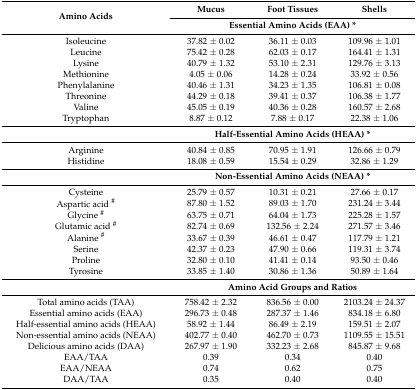
<table><thead><tr><td rowspan="2"><b>Amino Acids</b></td><td><b>Mucus</b></td><td><b>Foot Tissues</b></td><td><b>Shells</b></td></tr><tr><td colspan="3"><b>Essential Amino Acids (EAA) *</b></td></tr></thead><tbody><tr><td>Isoleucine</td><td>37.82 ± 0.02</td><td>36.11 ± 0.03</td><td>109.96 ± 1.01</td></tr><tr><td>Leucine</td><td>75.42 ± 0.28</td><td>62.03 ± 0.17</td><td>164.41 ± 1.31</td></tr><tr><td>Lysine</td><td>40.79 ± 1.32</td><td>53.10 ± 2.31</td><td>129.76 ± 3.13</td></tr><tr><td>Methionine</td><td>4.05 ± 0.06</td><td>14.28 ± 0.24</td><td>33.92 ± 0.56</td></tr><tr><td>Phenylalanine</td><td>40.46 ± 1.31</td><td>34.23 ± 1.35</td><td>106.81 ± 0.08</td></tr><tr><td>Threonine</td><td>44.29 ± 0.18</td><td>39.41 ± 0.37</td><td>106.38 ± 1.77</td></tr><tr><td>Valine</td><td>45.05 ± 0.19</td><td>40.36 ± 0.28</td><td>160.57 ± 2.68</td></tr><tr><td>Tryptophan</td><td>8.87 ± 0.12</td><td>7.88 ± 0.17</td><td>22.38 ± 1.06</td></tr><tr><td></td><td colspan="3"><b>Half-Essential Amino Acids (HEAA) *</b></td></tr><tr><td>Arginine</td><td>40.84 ± 0.85</td><td>70.95 ± 1.91</td><td>126.66 ± 0.79</td></tr><tr><td>Histidine</td><td>18.08 ± 0.59</td><td>15.54 ± 0.29</td><td>32.86 ± 1.29</td></tr><tr><td></td><td colspan="3"><b>Non-Essential Amino Acids (NEAA) *</b></td></tr><tr><td>Cysteine</td><td>25.79 ± 0.57</td><td>10.31 ± 0.21</td><td>27.66 ± 0.17</td></tr><tr><td>Aspartic acid <sup>#</sup></td><td>87.80 ± 1.52</td><td>89.03 ± 1.70</td><td>231.24 ± 3.44</td></tr><tr><td>Glycine <sup>#</sup></td><td>63.75 ± 0.71</td><td>64.04 ± 1.73</td><td>225.28 ± 1.57</td></tr><tr><td>Glutamic acid <sup>#</sup></td><td>82.74 ± 0.69</td><td>132.56 ± 2.24</td><td>271.57 ± 3.46</td></tr><tr><td>Alanine <sup>#</sup></td><td>33.67 ± 0.39</td><td>46.61 ± 0.47</td><td>117.79 ± 1.21</td></tr><tr><td>Serine</td><td>42.37 ± 0.23</td><td>47.90 ± 0.66</td><td>119.31 ± 3.74</td></tr><tr><td>Proline</td><td>32.80 ± 0.10</td><td>41.41 ± 0.14</td><td>93.50 ± 0.46</td></tr><tr><td>Tyrosine</td><td>33.85 ± 1.40</td><td>30.86 ± 1.36</td><td>50.89 ± 1.64</td></tr><tr><td></td><td colspan="3"><b>Amino Acid Groups and Ratios</b></td></tr><tr><td>Total amino acids (TAA)</td><td>758.42 ± 2.32</td><td>836.56 ± 0.00</td><td>2103.24 ± 24.37</td></tr><tr><td>Essential amino acids (EAA)</td><td>296.73 ± 0.48</td><td>287.37 ± 1.46</td><td>834.18 ± 6.80</td></tr><tr><td>Half-essential amino acids (HEAA)</td><td>58.92 ± 1.44</td><td>86.49 ± 2.19</td><td>159.51 ± 2.07</td></tr><tr><td>Non-essential amino acids (NEAA)</td><td>402.77 ± 0.40</td><td>462.70 ± 0.73</td><td>1109.55 ± 15.51</td></tr><tr><td>Delicious amino acids (DAA)</td><td>267.97 ± 1.90</td><td>332.23 ± 2.68</td><td>845.87 ± 9.68</td></tr><tr><td>EAA/TAA</td><td>0.39</td><td>0.34</td><td>0.40</td></tr><tr><td>EAA/NEAA</td><td>0.74</td><td>0.62</td><td>0.75</td></tr><tr><td>DAA/TAA</td><td>0.35</td><td>0.40</td><td>0.40</td></tr></tbody></table>